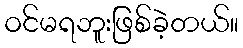
ဝင်မရဘူးဖြစ်ခဲ့တယ်။